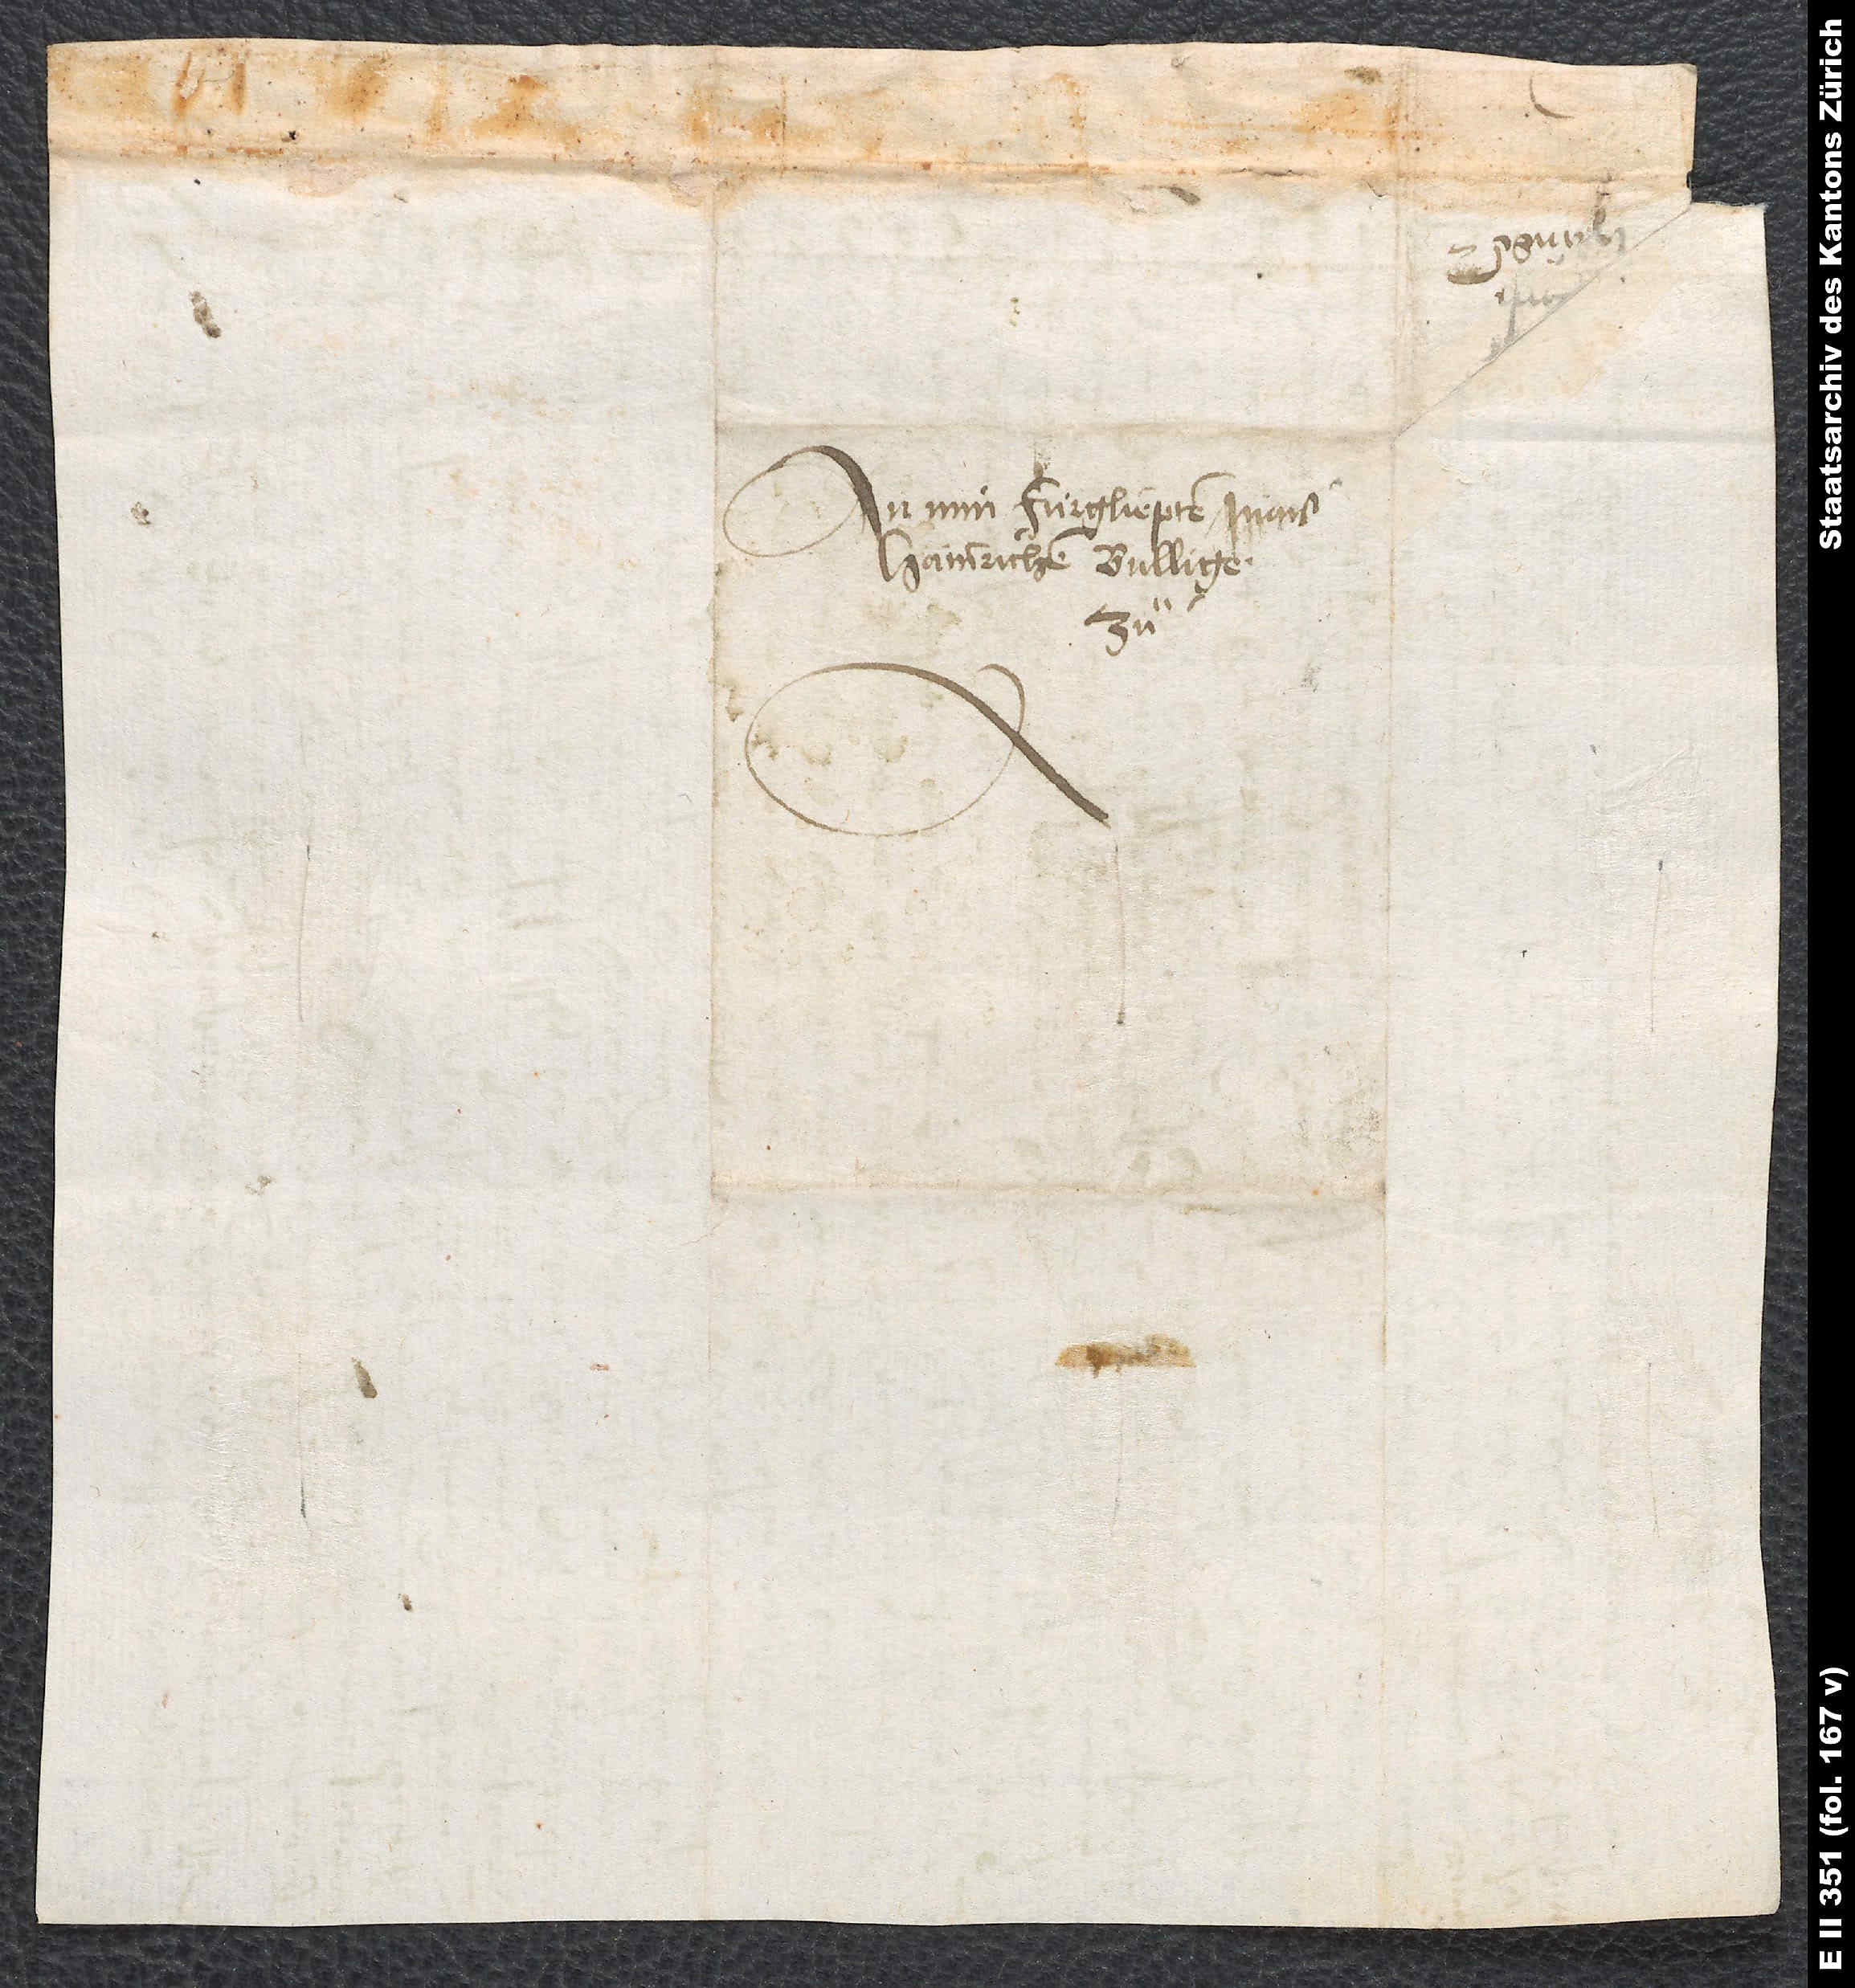
Hainrichen Bulligernn